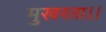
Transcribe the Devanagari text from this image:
मुखरता।।